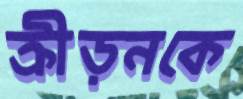
ক্রীড়নকে